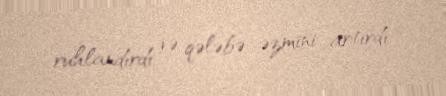
ruhlandırdı və qələbə əzmini artırdı.